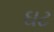
ઘટ